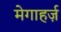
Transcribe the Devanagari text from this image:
मेगाहर्ज़